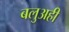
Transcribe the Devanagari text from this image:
बलुअही